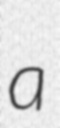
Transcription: a